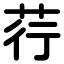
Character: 荇